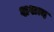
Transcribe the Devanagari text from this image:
शशाद